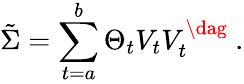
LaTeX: \tilde{\Sigma}=\sum_{t=a}^{b}\Theta_{t}V_{t}V_{t}^{\dag}\ .